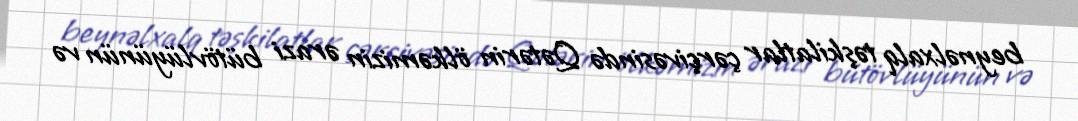
beynəlxalq təşkilatlar çərçivəsində Qətərin ölkəmizin ərazi bütövlüyünün və